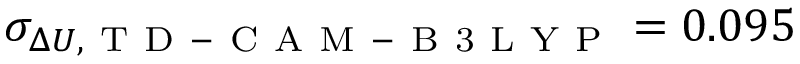
\sigma _ { \Delta U , \mathrm { ~ T ~ D ~ - ~ C ~ A ~ M ~ - ~ B ~ 3 ~ L ~ Y ~ P ~ } } = 0 . 0 9 5